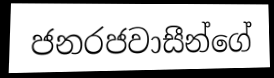
ජනරජවාසීන්ගේ